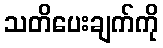
သတိပေးချက်ကို